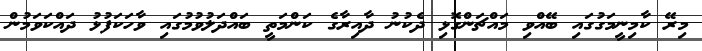
މިރޭ ކާމިނީމަގުގައި ބޭއްވި މައްޗަންގޮޅި ދެކުނު ދާއިރާގެ ކަންމަތީ ބައްދަލުވުމުގައި ވާހަކަފުޅު ދައްކަވަމުން